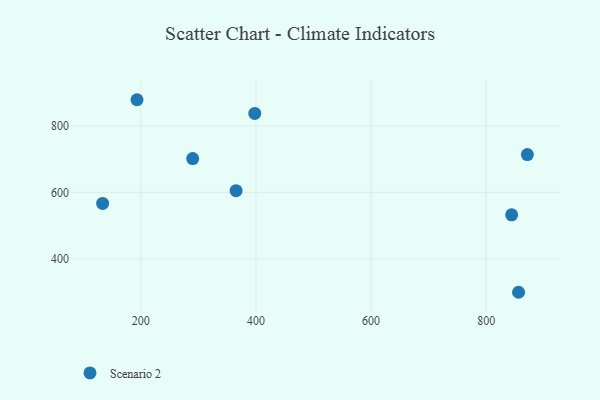
{"axis": {"x": "Engine Size", "y": "Profit"}, "legend": ["Scenario 2"], "data": [{"x": "365.5", "y": 605.0, "type": "Scenario 2"}, {"x": "397.9", "y": 837.1, "type": "Scenario 2"}, {"x": "871.4", "y": 713.4, "type": "Scenario 2"}, {"x": "133.7", "y": 566.8, "type": "Scenario 2"}, {"x": "844.1", "y": 532.7, "type": "Scenario 2"}, {"x": "193.4", "y": 878.1, "type": "Scenario 2"}, {"x": "290.2", "y": 701.6, "type": "Scenario 2"}, {"x": "856.1", "y": 300.2, "type": "Scenario 2"}]}